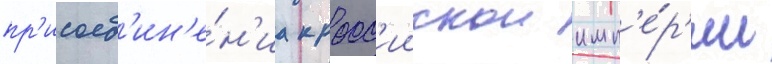
пр'исоед'ин'е́н'иа к росс'иискои имп'е́р'ии